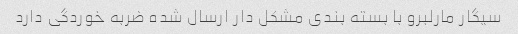
سیگار مارلبرو با بسته بندی مشکل دار ارسال شده ضربه خوردگی دارد